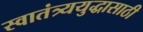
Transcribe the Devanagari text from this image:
स्वातंत्र्ययुद्धासाठी